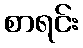
စာရင်း